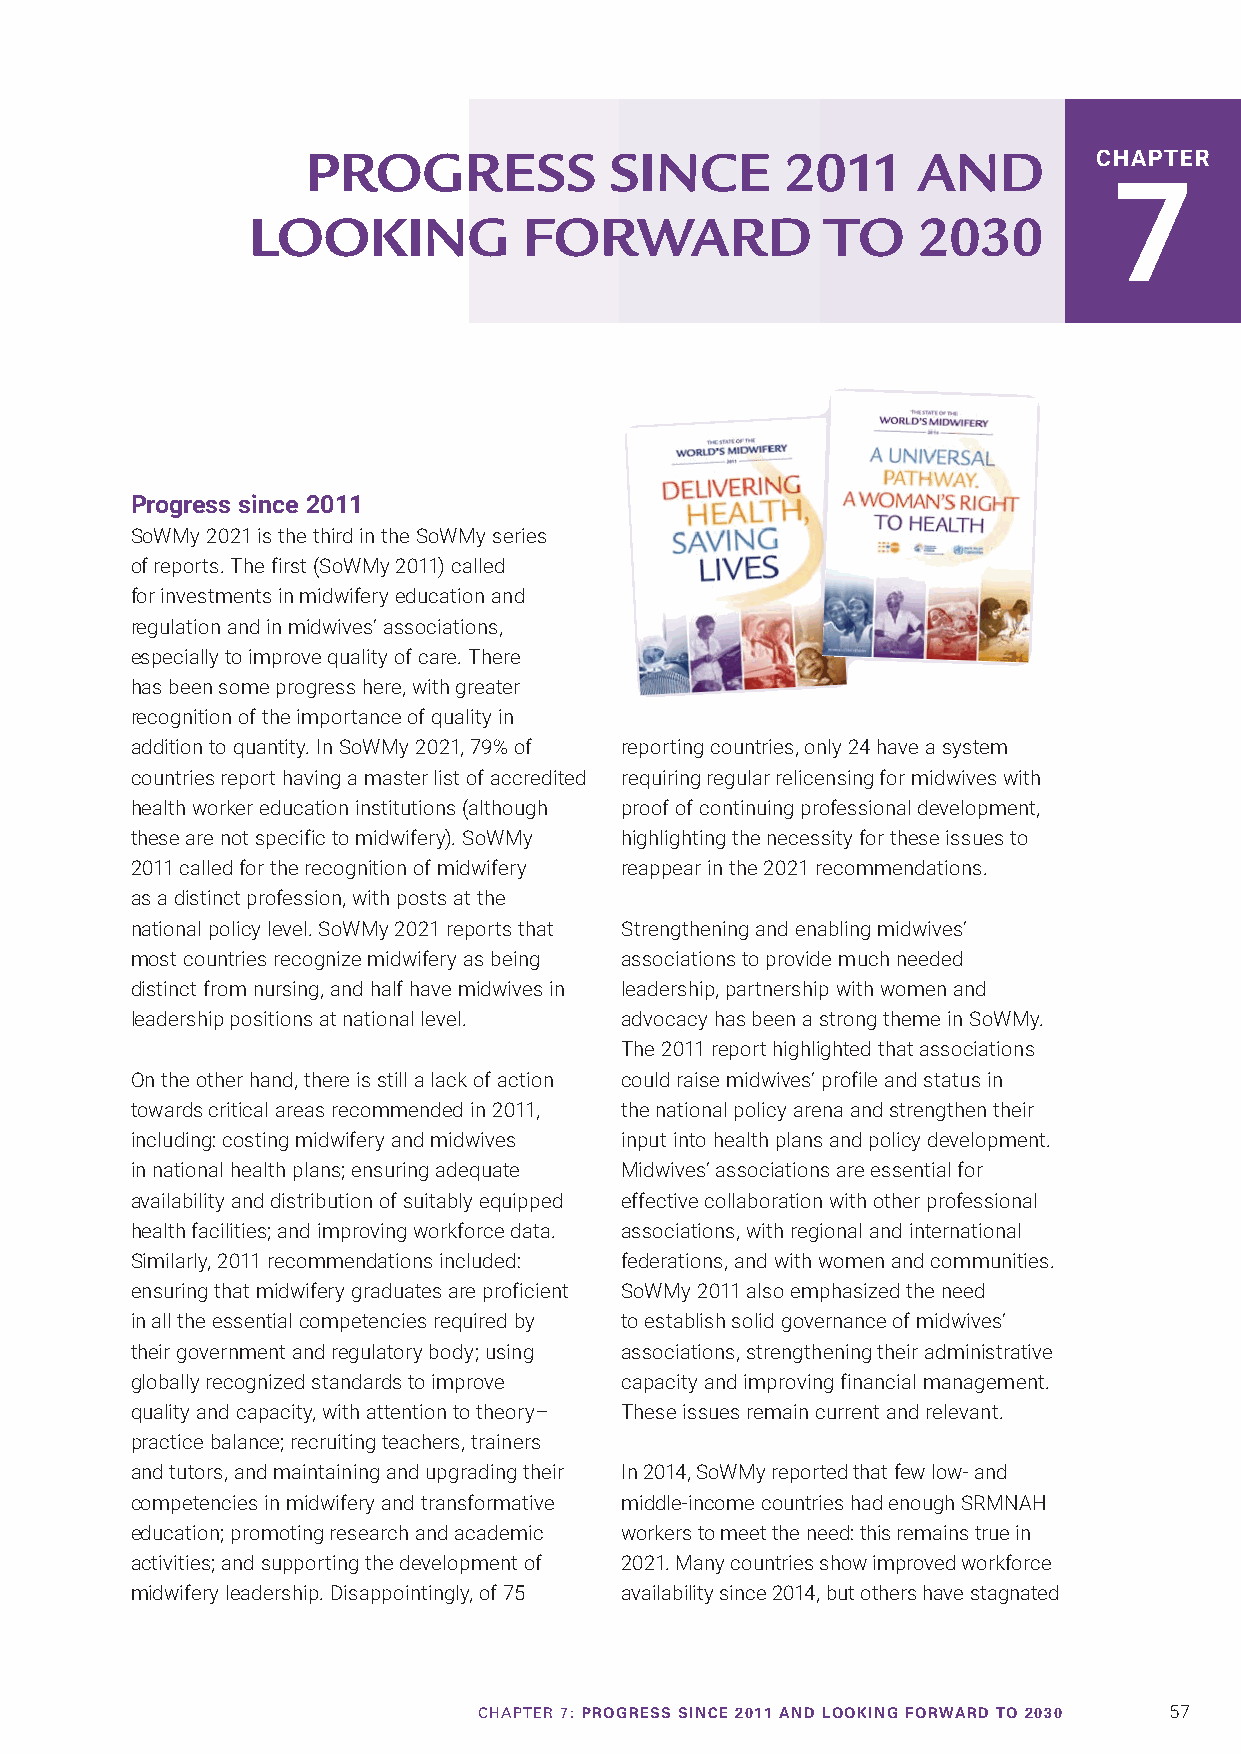
PROGRESS            SINCE       2011     AND         CHAPTER
 7
 LOOKING            FORWARD             TO    2030
 Progress since 2011
 SoWMy 2021 is the third in the SoWMy series
 of reports. The first (SoWMy 2011) called
 for investments in midwifery education and
 regulation and in midwives’ associations,
 especially to improve quality of care. There
 has been some progress here, with greater
 recognition of the importance of quality in
 addition to quantity. In SoWMy 2021, 79% of reporting countries, only 24 have a system
 countries report having a master list of accredited requiring regular relicensing for midwives with
 health worker education institutions (although proof of continuing professional development,
 these are not specific to midwifery). SoWMy highlighting the necessity for these issues to
 2011 called for the recognition of midwifery reappear in the 2021 recommendations.
 as a distinct profession, with posts at the
 national policy level. SoWMy 2021 reports that Strengthening and enabling midwives’
 most countries recognize midwifery as being associations to provide much needed
 distinct from nursing, and half have midwives in leadership, partnership with women and
 leadership positions at national level. advocacy has been a strong theme in SoWMy.
 The 2011 report highlighted that associations
 On the other hand, there is still a lack of action could raise midwives’ profile and status in
 towards critical areas recommended in 2011, the national policy arena and strengthen their
 including: costing midwifery and midwives input into health plans and policy development.
 in national health plans; ensuring adequate Midwives’ associations are essential for
 availability and distribution of suitably equipped effective collaboration with other professional
 health facilities; and improving workforce data. associations, with regional and international
 Similarly, 2011 recommendations included: federations, and with women and communities.
 ensuring that midwifery graduates are proficient SoWMy 2011 also emphasized the need
 in all the essential competencies required by to establish solid governance of midwives’
 their government and regulatory body; using associations, strengthening their administrative
 globally recognized standards to improve capacity and improving financial management.
 quality and capacity, with attention to theory– These issues remain current and relevant.
 practice balance; recruiting teachers, trainers
 and tutors, and maintaining and upgrading their In 2014, SoWMy reported that few low- and
 competencies in midwifery and transformative middle-income countries had enough SRMNAH
 education; promoting research and academic workers to meet the need: this remains true in
 activities; and supporting the development of 2021. Many countries show improved workforce
 midwifery leadership. Disappointingly, of 75 availability since 2014, but others have stagnated
 CHAPTER 7: PROGRESS SINCE 2011 AND LOOKING FORWARD TO 2030 57